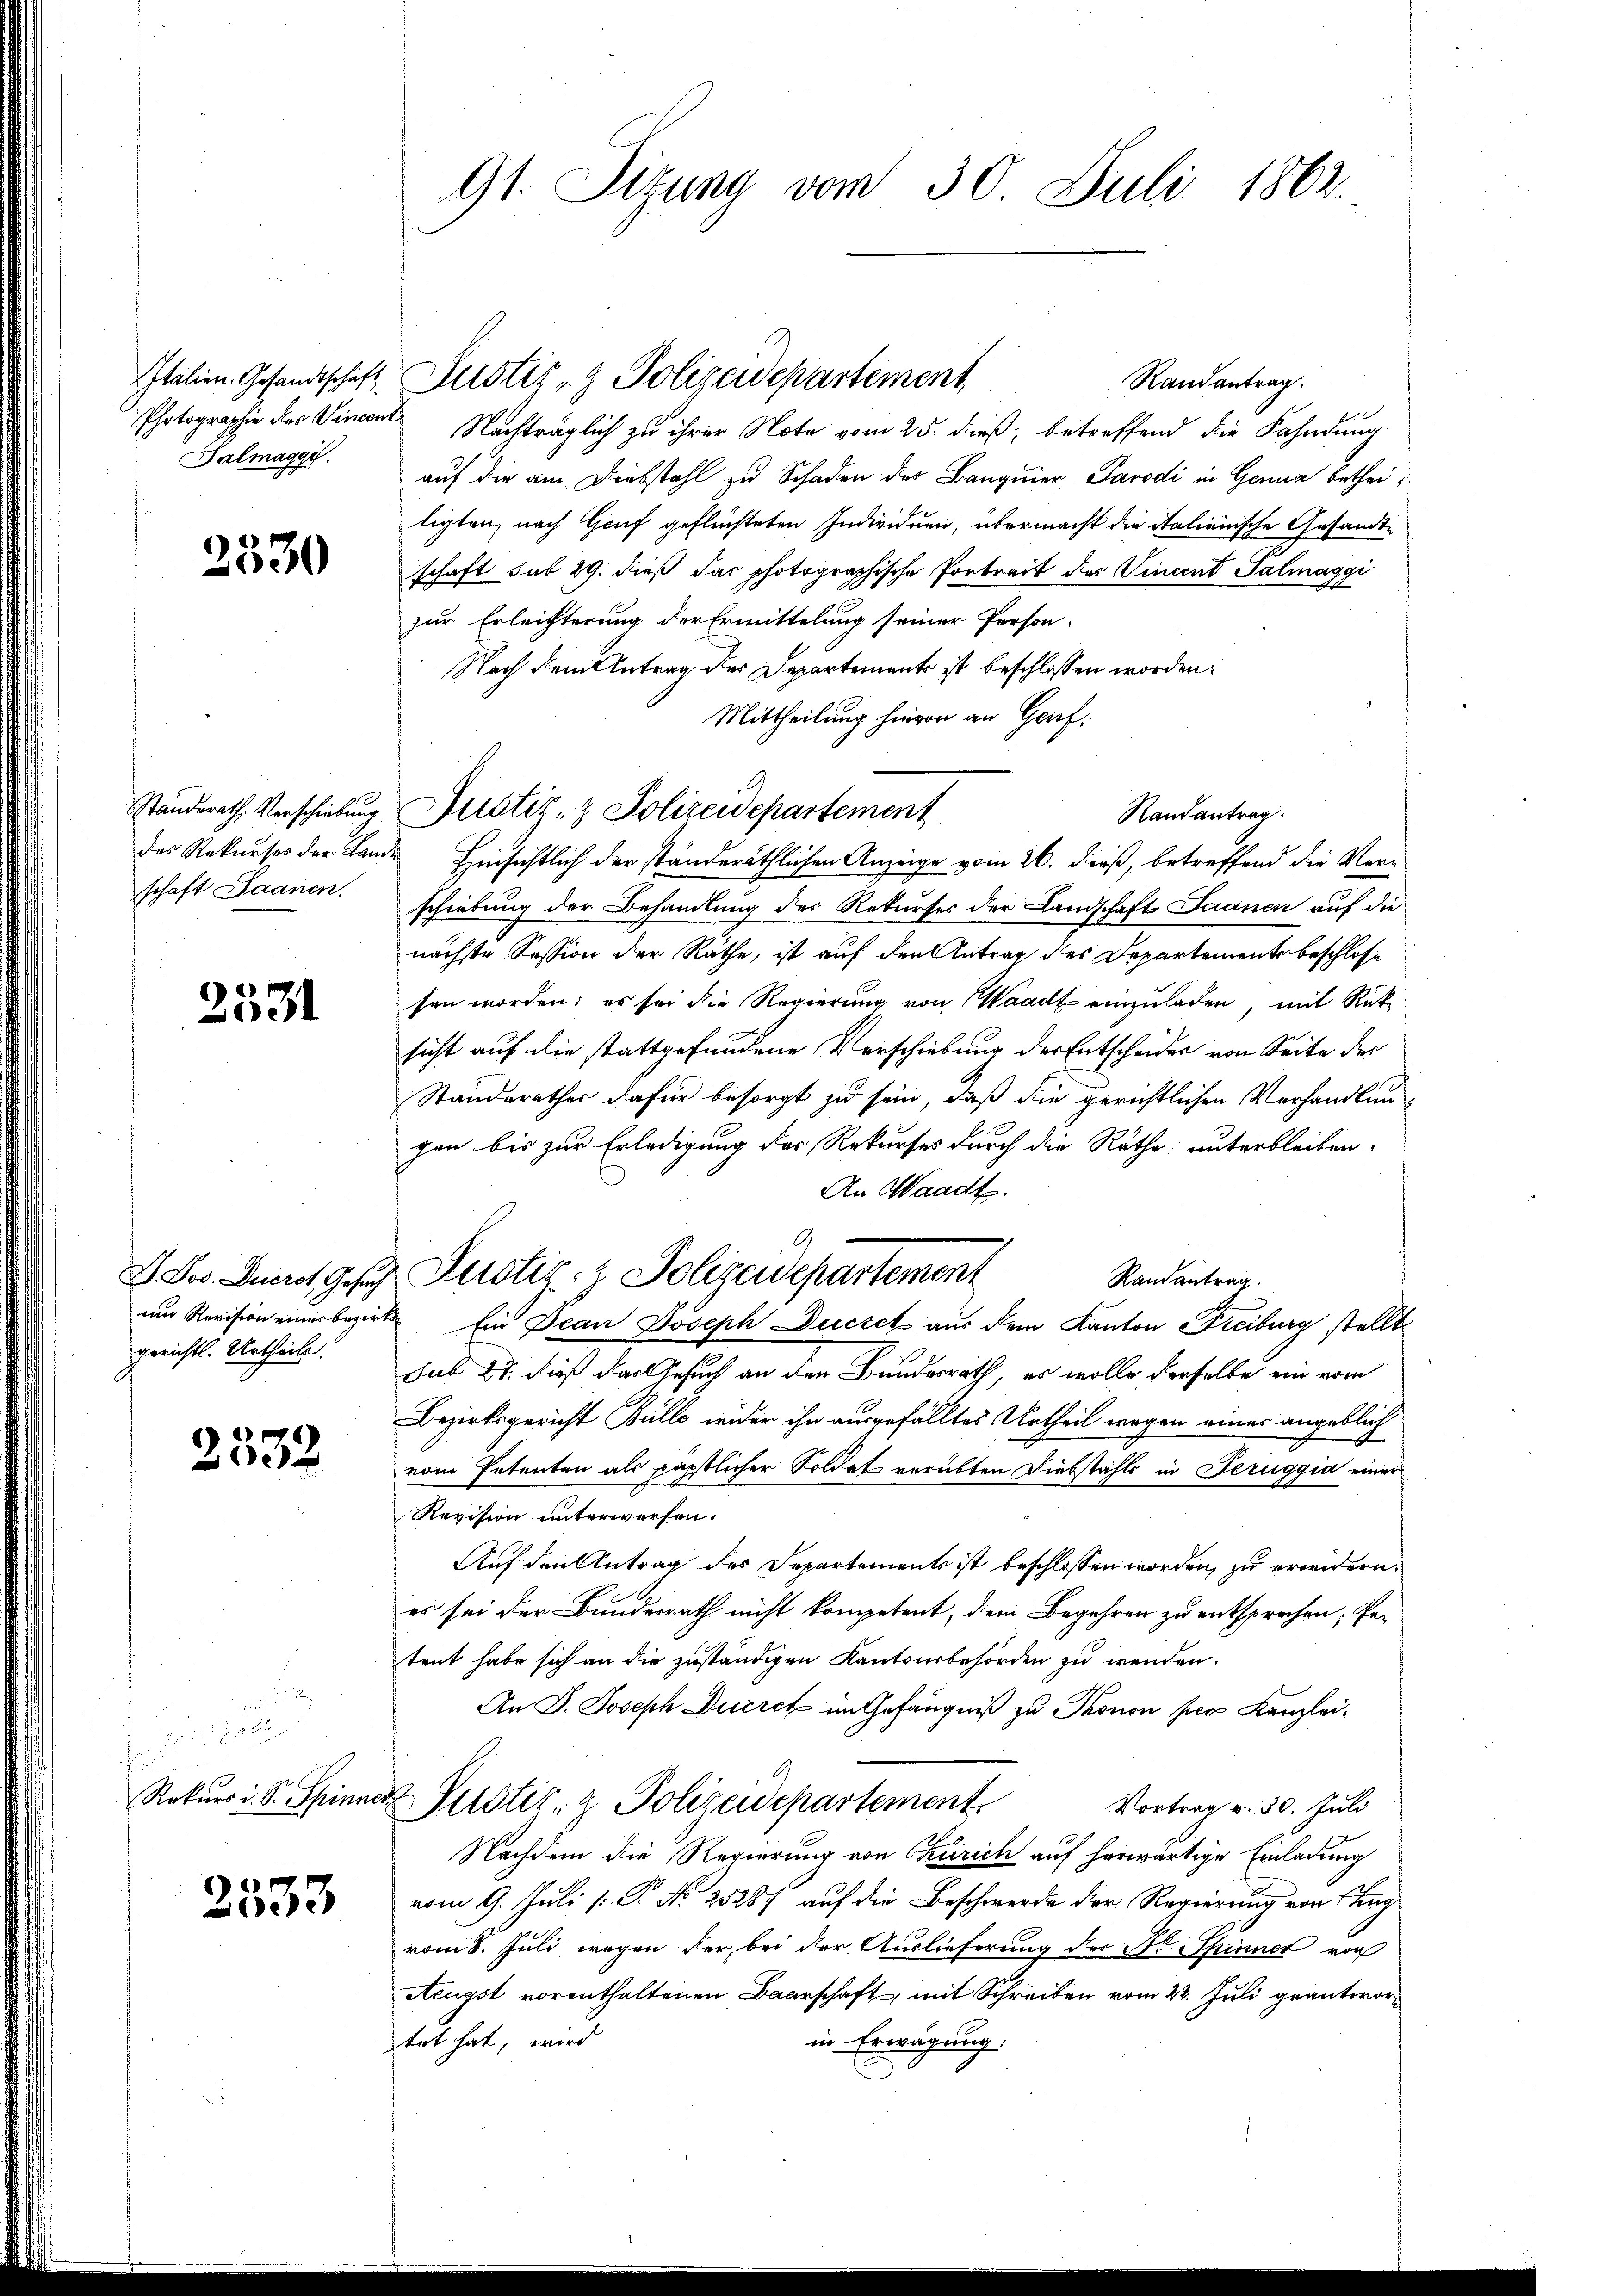
Photographie des Vincent
Dalmaggi

2530

schaft Saanen.

2531

gerichts. Urtheile.

2332

2533

91. Sizung vom 30. Juli 1862.

Italien. Gesandtschaft, Justiz & Polizeidepartement
Randantrag.
Nachträglich zu ihrer Note vom 25. dieß, betreffend die Fahndung
auf die am Diebstahl zu Schaden der Banquier Parodi in Gerna betheiligten, nach Genf geflüchteten Individuen, übermacht die Italienische Gesandte
schaft sub 29. dieß das photographische Portrait des Vincent Salmaggi
zur Erleichterung der Ermittelung seiner Person.
Nach dem Antrag des Departements ist beschlossen worden.
Mittheilung hievon an Geref.
Ständerath Verschiebung Fristiz- & Polizeidepartement
Randantrag.
das Rekurses der Lande Hinsichtlich der ständeräthlichen Anzeige vom 26. dieß, betreffend die Verschiebung der Behandlung des Rekurses der Landschaft Saanen auf die
nächste Session der Räthe, ist auf den Antrag des Departemente beschlosse
sen worden; es sei die Regierung von Waadt einzuladen, mit Rüksicht auf die stattgefundene Verschiebung der Entscheides von Seite der
Ständerathes dafür besorgt zu sein, daß die gerichtlichen Verhandlungen bis zur Erledigung der Rekurses durch die Räthe unterbleiben.
An Waadt.
A
I. Der Zuerst gesuch Justiz- & Polizeidepartement
Randantrag.
um Revision einer bezirk Ein Dean Joseph Duczek aus dem Kanton Freiburg stellt
sub 27. dieß das Gesuch an den Bundesrath, es wolle derselbe ein vom
Bezirksgericht Bülle wider ihn ausgefälltes Urtheil wegen eines angeblich
vom Petenten als päpstlicher Soldat verübten Diebstahls in Jeruggia einer
Revision unterwerfen.
Auf den Antrag des Separtements ist beschlossen worden, zu erwidern.
es sei der Bundesrath nicht kompetent, dem Begehren zu entsprechen; Pe-
tent habe sich an die zuständigen Kantonsbehörden zu wenden.
An J. Joseph Ducret im Gefängniß zu Thonon hier Kanzlei¬
Rekŭrs d. S. Spinner Pustiz- & Polizeidepartement
Vortrag v. 30. Juli
Nachdem die Regierung von Zürich auf herwärtige Einladung
vom 9. Juli [ P. Nr. 25287 auf die Beschwerde der Regierung von Lug
vom 8. Juli wegen der, bei der Auslieferung der St. Spinner von
Aeugst vorenthaltenen Baarschaft, mit Schreiben vom 22. Juli geantwortet hat, wird
in Erwägung.